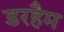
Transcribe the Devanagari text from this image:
डरहैम